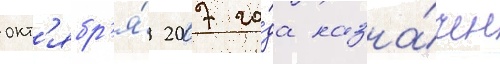
окт'ябр'я́ 2007 го́да назна́чен